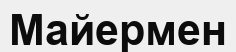
Майермен